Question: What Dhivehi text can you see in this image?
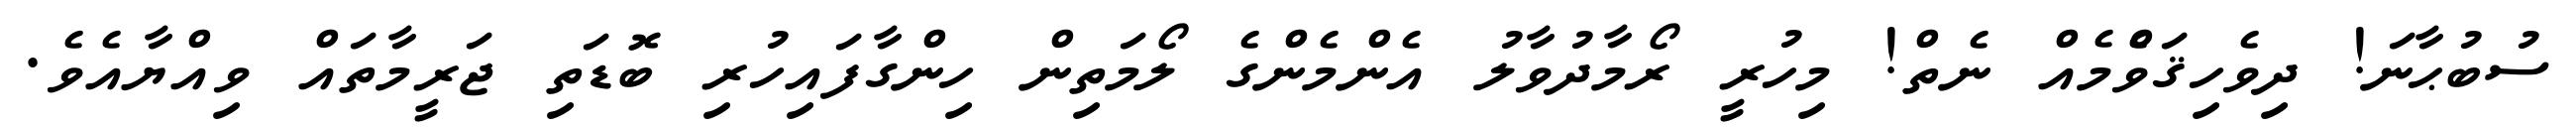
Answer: ސުބުޙާނަ! ދިވެހިޤަވްެމެއް ނެތް! މިހުރީ ރޯމާދުވާލު އެންމެންގެ ލޯމަތިން ހިންގާފައިހުރި ބޮޑަތި ޖަރީމާތައް ވިއްޔާއެވެ.